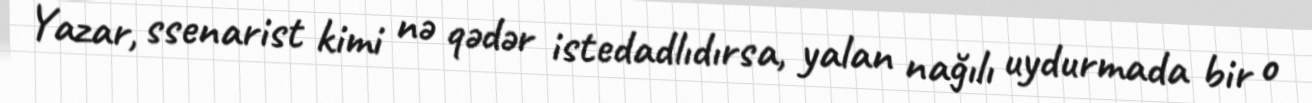
Yazar, ssenarist kimi nə qədər istedadlıdırsa, yalan nağılı uydurmada bir o